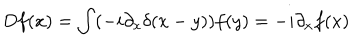
LaTeX: D f ( x ) = \int ( - i \partial _ { x } \delta ( x - y ) ) f ( y ) = - i \partial _ { x } f ( x )